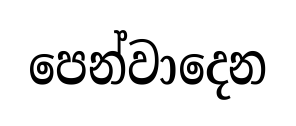
පෙන්වාදෙන